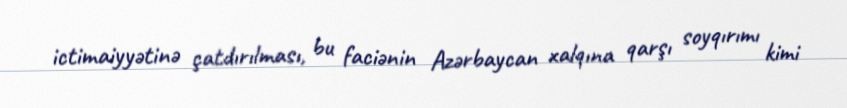
ictimaiyyətinə çatdırılması, bu faciənin Azərbaycan xalqına qarşı soyqırımı kimi